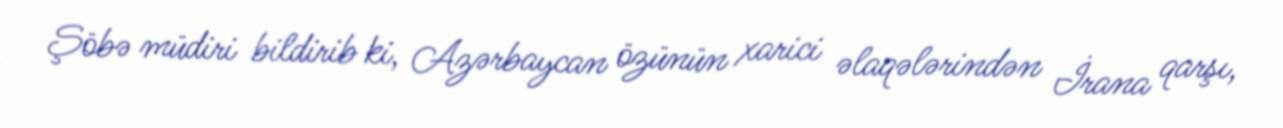
Şöbə müdiri bildirib ki, Azərbaycan özünün xarici əlaqələrindən İrana qarşı,